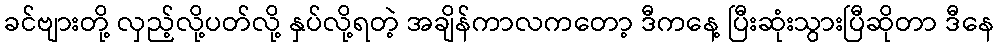
ခင်ဗျားတို့ လှည့်လို့ပတ်လို့ နှပ်လို့ရတဲ့ အချိန်ကာလကတော့ ဒီကနေ့ ပြီးဆုံးသွားပြီဆိုတာ ဒီနေ